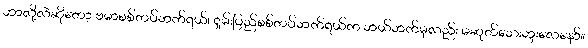
ဘာလို့လဲဆိုတော့ ဗမာစစ်တပ်ဘက်ရယ်၊ ရှမ်းပြည်စစ်တပ်ဘက်ရယ်က ဘယ်ဘက်မှလည်း မဆုတ်သေးဘူးလေနော်။